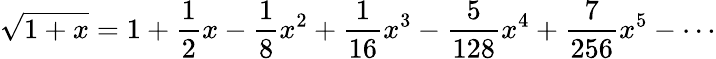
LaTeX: {\sqrt{1+x}}=1+{\frac{1}{2}}x-{\frac{1}{8}}x^{2}+{\frac{1}{16}}x^{3}-{\frac{5}{128}}x^{4}+{\frac{7}{256}}x^{5}-\cdots